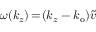
\omega ( k _ { z } ) \! = \! ( k _ { z } - k _ { \mathrm { o } } ) \widetilde { v }